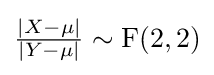
{\tfrac {|X-\mu |}{|Y-\mu |}}\sim \operatorname {F} (2,2)